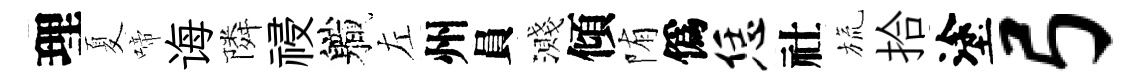
理夏啼诲隣祲軄左州員濺傾陏僞恁社旒拾塗弓